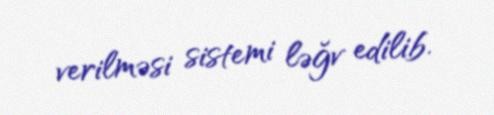
verilməsi sistemi ləğv edilib.